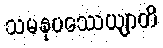
သမနုပဿေယျာတိ